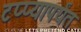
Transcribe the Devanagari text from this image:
टप्प्यापर्यंत